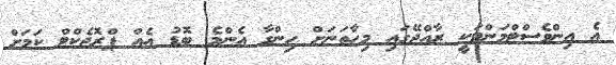
އެ އިންވެސްޓްމަންޓަކީ ރާއްޖޭގައި މިހާތަނަށް ހިންގާ އެންމެ ބޮޑު އެއް ޕްރޮޖެކްޓް ކަމަށް